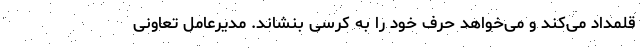
قلمداد می‌کند و می‌خواهد حرف خود را به کرسی بنشاند. مدیرعامل تعاونی